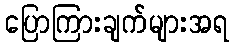
ပြောကြားချက်များအရ